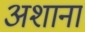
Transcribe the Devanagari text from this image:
अशाना